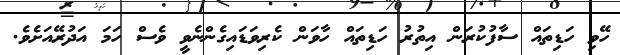
ހޭވި ހަޑިތައް ސާފުކުރަން އިތުރު ހަޑިތައް ހާވަން ކެރިވަޑައިގެންނެވީ ވެސް ހަމަ އަދުރޭއަށެވެ.